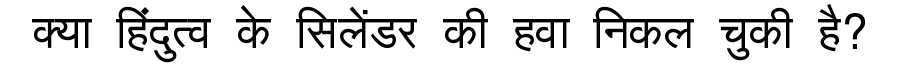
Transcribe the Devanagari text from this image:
क्या हिंदुत्व के सिलेंडर की हवा निकल चुकी है?